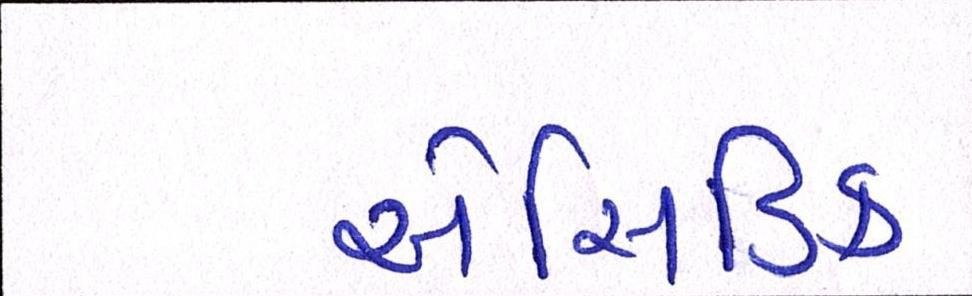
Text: એસિડિક